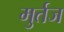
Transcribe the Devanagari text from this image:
मुर्तज